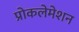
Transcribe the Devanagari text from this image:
प्रोकलेमेशन